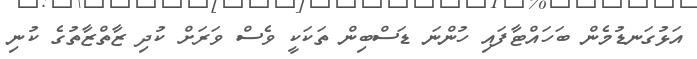
އަޅުގަނޑުމެން ބަހައްޓާފައި ހުންނަ ޑަސްބިން ތަކަކީ ވެސް ވަރަށް ކުދި ޒާތްޒާތުގެ ކުނި